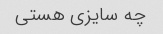
چه سایزی هستی